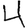
Digit: 4